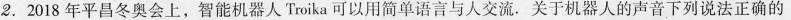
2.2018年平昌冬奥会上，智能机器人Troika可以用简单语言与人交流。关于机器人的声音下列说法正确的